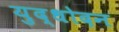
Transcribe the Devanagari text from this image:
युद्धोदन